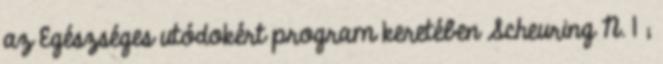
az Egészséges utódokért program keretében Scheuring N. 1 ;